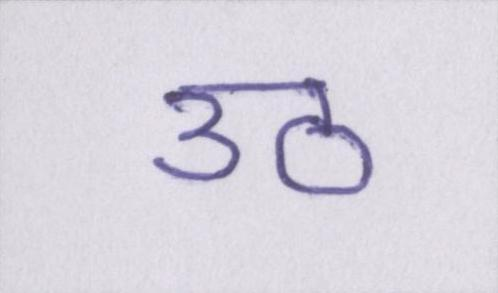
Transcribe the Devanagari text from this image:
उठ